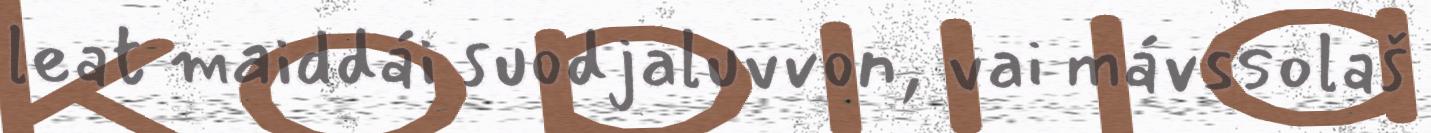
leat maiddái suodjaluvvon, vai mávssolaš